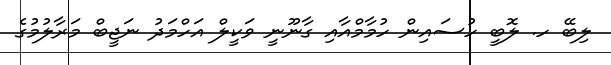
ލިބޭ ހ. ލޮބީ ހުސައިން ހުމާމްއާއި ގާނޫނީ ވަކީލް އަހްމަދު ނަޖީބް މަރާލުމުގެ